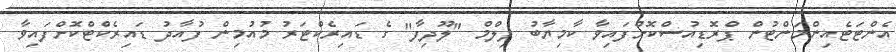
އެންޓަޓެއިންމަންޓުން ޕްރޮޑިއުސްކޮށްފައިވާ ކާމިޔާބު ފިލްމް "ލޫދިފާ" ގެ ޑައިރެކްޓަރު މުއުމިން ފުއާދު ޑައިރެކްޓްކޮށްފައިވާ